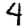
Digit: 4